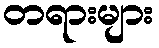
တရားများ